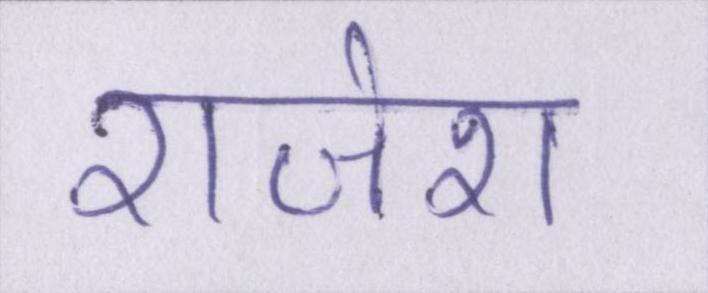
राजेश